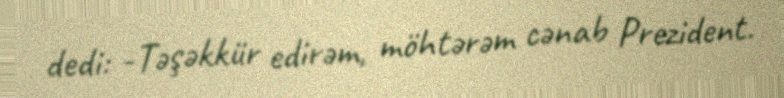
dedi: -Təşəkkür edirəm, möhtərəm cənab Prezident.